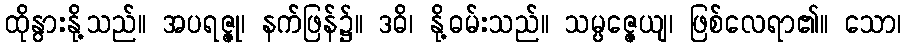
ထိုနွားနို့သည်။ အပရဇ္ဇု၊ နက်ဖြန်၌။ ဒဓိ၊ နို့ဓမ်းသည်။ သမ္ပဇ္ဇေယျ၊ ဖြစ်လေရာ၏။ သော၊